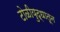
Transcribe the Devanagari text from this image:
टोळीयुद्धातून